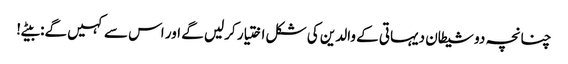
چنانچہ دو شیطان دیہاتی کے والدین کی شکل اختیار کرلیں گے اور اس سے کہیں گے: بیٹے!